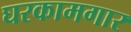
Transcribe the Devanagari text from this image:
घरकामगार